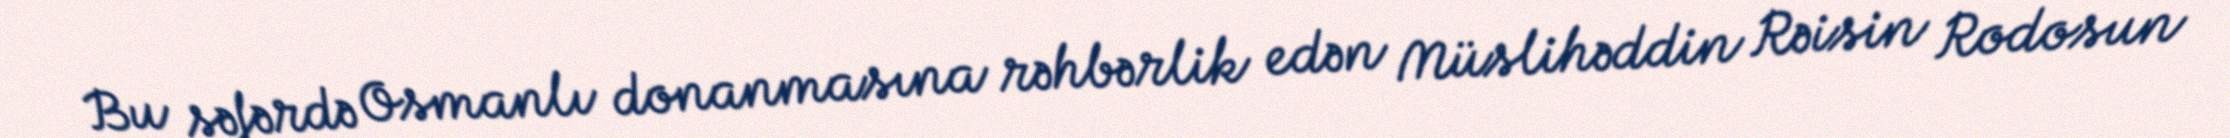
Bu səfərdə Osmanlı donanmasına rəhbərlik edən Müslihəddin Rəisin Rodosun